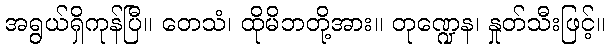
အရွယ်ရှိကုန်ပြီ။ တေသံ၊ ထိုမိဘတို့အား။ တုဏ္ဍေန၊ နှုတ်သီးဖြင့်။